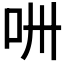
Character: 𠯢